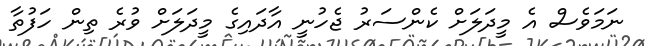
ނަމަވެސް އެ މީދަލަށް ކެންސަރު ޖެހުނީ އާދައިގެ މީދަލަށް ވުރެ ތިން ހަފުތާ